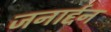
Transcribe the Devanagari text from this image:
जनार्द्दन